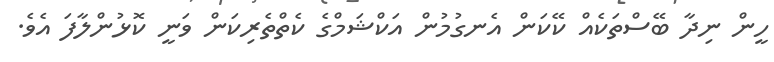
ހީން ނިދާ ބޭސްތަކެއް ކޭކަން އެނގުމުން އަކްޝަމްގެ ކެތްތެރިކަން ވަނީ ކޮޅުންލާފަ އެވެ.